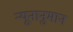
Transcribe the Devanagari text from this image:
न्यूनानुमान